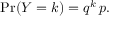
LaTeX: \operatorname* { P r } ( Y = k ) = q ^ { k } \, p .